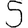
Digit: 5